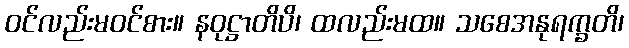
ဝင်လည်းမဝင်စား။ နဝုဋ္ဌာတိပိ၊ ထလည်းမထ။ သစေအနုရက္ခတိ၊